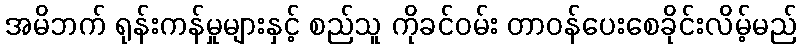
အမိဘက် ရုန်းကန်မှုများနှင့် စည်သူ ကိုခင်ဝမ်း တာဝန်ပေးစေခိုင်းလိမ့်မည်